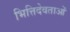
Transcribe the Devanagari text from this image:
भित्तिदेवताओं